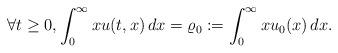
LaTeX: \begin{align*}\forall t\geq0,\int_0^\infty xu(t,x)\,dx=\varrho_0:=\int_0^\infty xu_0(x)\,dx.\end{align*}